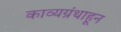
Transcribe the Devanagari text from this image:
काव्यग्रंथाहून